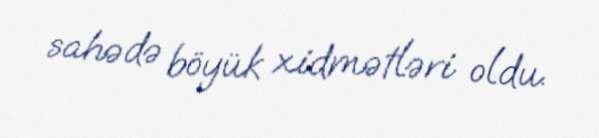
sahədə böyük xidmətləri oldu.